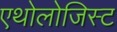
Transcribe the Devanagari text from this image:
एथोलोजिस्ट